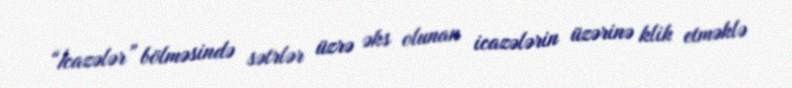
“İcazələr” bölməsində sətrlər üzrə əks olunan icazələrin üzərinə klik etməklə